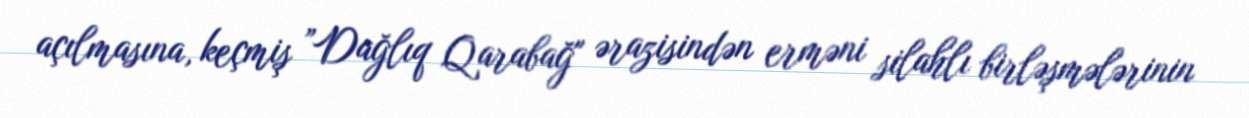
açılmasına, keçmiş ”Dağlıq Qarabağ" ərazisindən erməni silahlı birləşmələrinin